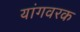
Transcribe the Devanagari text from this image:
यांगवरक